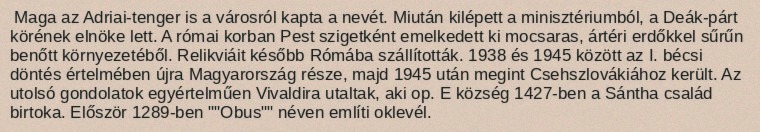
Maga az Adriai-tenger is a városról kapta a nevét. Miután kilépett a minisztériumból, a Deák-párt körének elnöke lett. A római korban Pest szigetként emelkedett ki mocsaras, ártéri erdőkkel sűrűn benőtt környezetéből. Relikviáit később Rómába szállították. 1938 és 1945 között az I. bécsi döntés értelmében újra Magyarország része, majd 1945 után megint Csehszlovákiához került. Az utolsó gondolatok egyértelműen Vivaldira utaltak, aki op. E község 1427-ben a Sántha család birtoka. Először 1289-ben ""Obus"" néven említi oklevél.